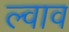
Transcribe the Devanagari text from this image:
ल्वाव